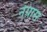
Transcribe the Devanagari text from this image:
नेग्रास